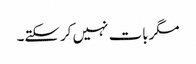
مگربات نہیں کرسکتے۔